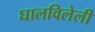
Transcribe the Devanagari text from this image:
घालविलेली